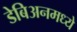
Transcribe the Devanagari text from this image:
डेबिअनमध्ये